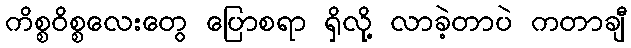
ကိစ္စဝိစ္စလေးတွေ ပြောစရာ ရှိလို့ လာခဲ့တာပဲ ကတာချီ